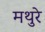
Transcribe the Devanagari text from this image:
मथुरे